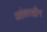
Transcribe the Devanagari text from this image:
अहंकारहीन